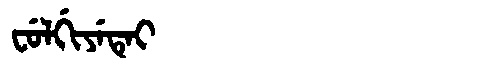
Manchu: ᠸᡠᠯᡤᡳᠶᡝᡨᡝᡳ
Romanization: FULGIYETEI